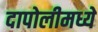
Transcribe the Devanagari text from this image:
दापोलीमध्ये